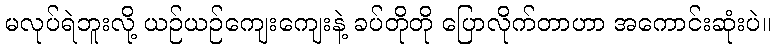
မလုပ်ရဲဘူးလို့ ယဉ်ယဉ်ကျေးကျေးနဲ့ ခပ်တိုတို ပြောလိုက်တာဟာ အကောင်းဆုံးပဲ။